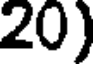
20)